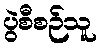
ပွဲစီစဉ်သူ